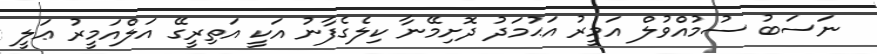
ނަސަބު ސުމުއްވުލް އަމީރު އަޙުމަދު ދޮށިމޭނާ ކިލެގެފާނު އަކީ އަތިރީގޭ އަލްއަމީރު ޢަލީ